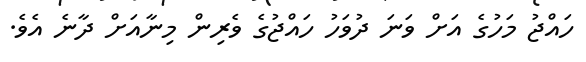
ހައްޖު މަހުގެ އަށް ވަނަ ދުވަހު ހައްޖުގެ ވެރިން މިނާއަށް ދާނެ އެވެ.